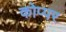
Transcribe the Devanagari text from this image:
कोप्पर